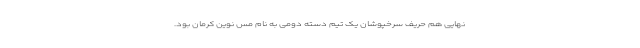
نهایی هم حریف سرخپوشان یک تیم دسته دومی به نام مس نوین کرمان بود.